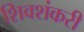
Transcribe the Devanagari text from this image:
शिवशंकरी